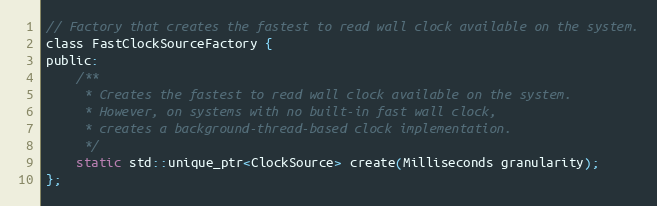
Language: C
// Factory that creates the fastest to read wall clock available on the system.
class FastClockSourceFactory {
public:
    /**
     * Creates the fastest to read wall clock available on the system.
     * However, on systems with no built-in fast wall clock,
     * creates a background-thread-based clock implementation.
     */
    static std::unique_ptr<ClockSource> create(Milliseconds granularity);
};